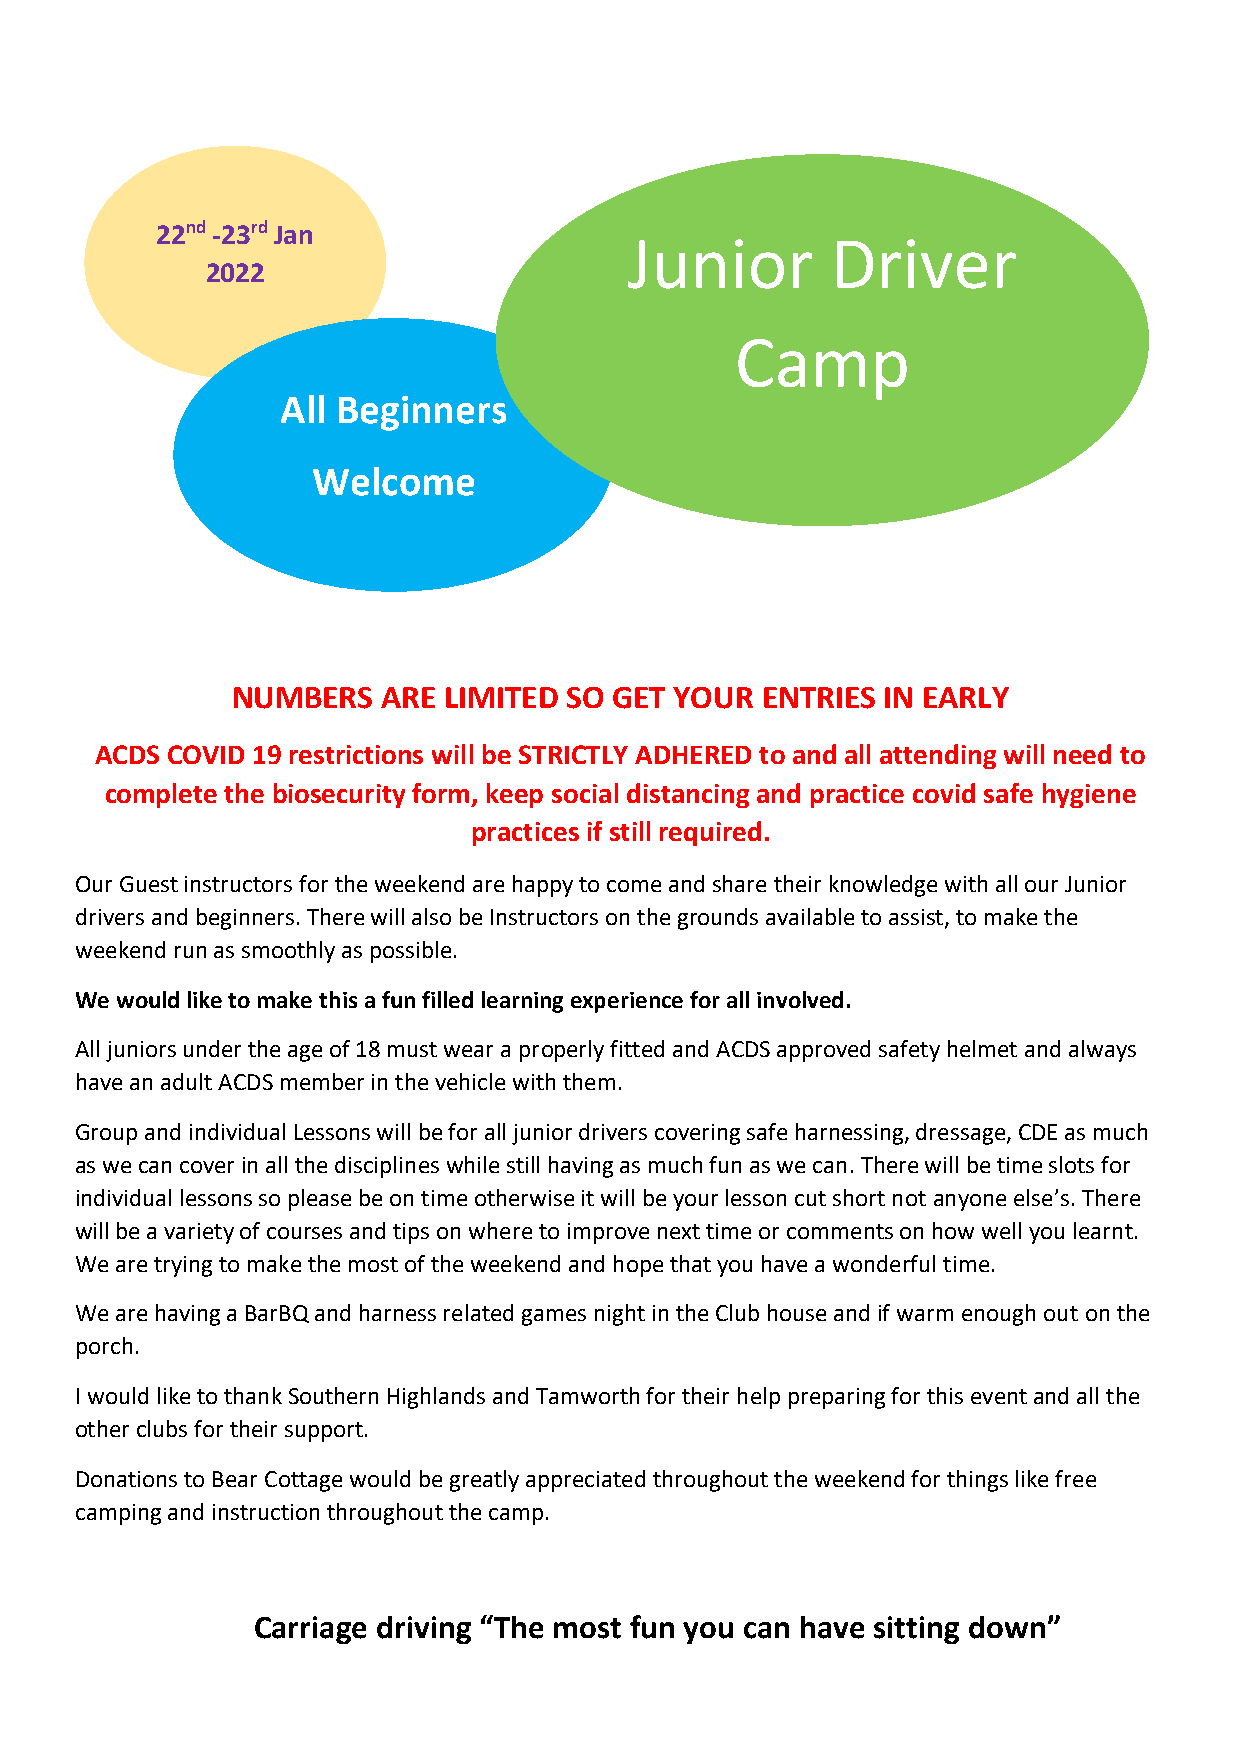
22nd -23rd Jan
 Junior       Driver
 2022
 Camp
 All Beginners
 Welcome
 NUMBERS   ARE LIMITED SO  GET YOUR ENTRIES IN EARLY
 ACDS COVID 19 restrictions will be STRICTLY ADHERED to and all attending will need to
 complete the biosecurity form, keep social distancing and practice covid safe hygiene
 practices if still required.
 Our Guest instructors for the weekend are happy to come and share their knowledge with all our Junior
 drivers and beginners. There will also be Instructors on the grounds available to assist, to make the
 weekend run as smoothly as possible.
 We would like to make this a fun filled learning experience for all involved.
 All juniors under the age of 18 must wear a properly fitted and ACDS approved safety helmet and always
 have an adult ACDS member in the vehicle with them.
 Group and individual Lessons will be for all junior drivers covering safe harnessing, dressage, CDE as much
 as we can cover in all the disciplines while still having as much fun as we can. There will be time slots for
 individual lessons so please be on time otherwise it will be your lesson cut short not anyone else’s. There
 will be a variety of courses and tips on where to improve next time or comments on how well you learnt.
 We are trying to make the most of the weekend and hope that you have a wonderful time.
 We are having a BarBQ and harness related games night in the Club house and if warm enough out on the
 porch.
 I would like to thank Southern Highlands and Tamworth for their help preparing for this event and all the
 other clubs for their support.
 Donations to Bear Cottage would be greatly appreciated throughout the weekend for things like free
 camping and instruction throughout the camp.
 Carriage driving “The most fun you can have sitting down”